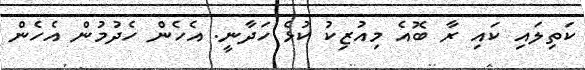
ކަތިލައި ކައި ރާ ބޮއެ މިއުޒިކު ކުޅެ ހަދާނީ. އެހެން ހެދުމުން އެހެން